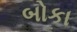
બોકા